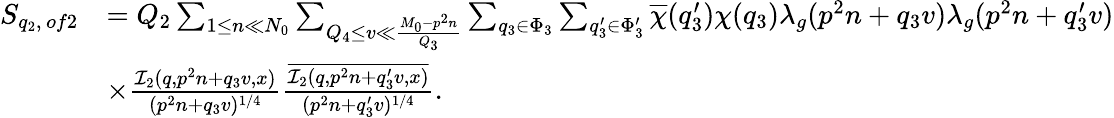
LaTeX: \begin{array}{rl}{S_{q_{2},\, of2}}&{=Q_{2}\sum_{1\leq n\ll N_{0}}\sum_{Q_{4}\leq v\ll\frac{M_{0}-p^{2}n}{Q_{3}}}\sum_{q_{3}\in\Phi_{3}}\sum_{q_{3}^{\prime}\in\Phi_{3}^{\prime}}\overline{{\chi}}(q_{3}^{\prime})\chi(q_{3})\lambda_{g}(p^{2}n+q_{3}v)\lambda_{g}(p^{2}n+q_{3}^{\prime}v)}\\ &{\times\frac{\mathcal{I}_{2}(q,p^{2}n+q_{3}v,x)}{(p^{2}n+q_{3}v)^{1/4}}\frac{\overline{{\mathcal{I}_{2}(q,p^{2}n+q_{3}^{\prime}v,x)}}}{(p^{2}n+q_{3}^{\prime}v)^{1/4}}.}\end{array}